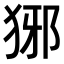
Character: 𤞡